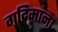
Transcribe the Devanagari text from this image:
गदिमांना